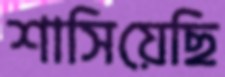
শাসিয়েছি